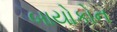
બાયોકોન